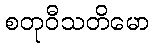
စတုဝီသတိမော